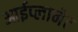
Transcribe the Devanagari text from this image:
आईप्लानेट